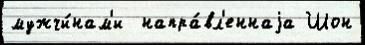
мужчи́нам'и  напра́вл'еннаjа Шон